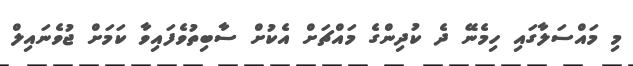
މި މައްސަލާގައި ހިމެނޭ ދެ ކުދިންގެ މައްޗަށް އެކުށް ސާބިތުވެފައިވާ ކަމަށް ޖުވެނައިލް